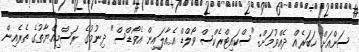
ސަންއަށް ޚަބަރެއް ދެއްވުމަށް: "ސްކައިޓްރެކްސް ވޯލްޑް އެއާލައިން އެވޯޑްސް" ދިނުމުގެ ރަސްމިއްޔާތުގެ ތެރެއިން